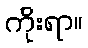
ကိုးရာ။